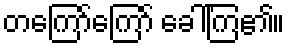
တကြော်ကြော် ခေါ်ကြ၏။